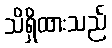
သိရှိထားသည်